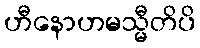
ဟီနောဟမသ္မီတိပိ